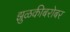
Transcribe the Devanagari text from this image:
झुळकीबरोबर